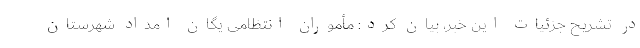
در تشریح جزئیات این خبر، بیان کرد: مأموران انتظامی یگان امداد شهرستان